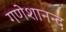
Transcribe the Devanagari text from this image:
गणेशानन्द